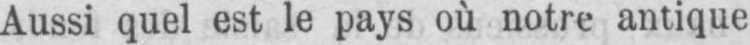
Aussi quel est le pays où notre antique